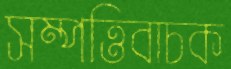
সম্পত্তিবাচক